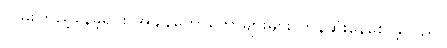
လှမ်းကြည့်နေခဲ့ရင်း အချိန်တော်တော်များများ ကုန်ဆုံးနေစေ ခဲ့သည်။